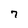
Character: 7